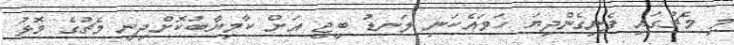
މި މެޗުގައި ފެނިގެންދިޔަ ހަމައެކަނި ލަނޑު ބީޖީ އަށް ކާމިޔާބުކޮށްދިނީ މެޗުގެ މޮޅު